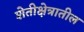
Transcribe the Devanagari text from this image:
शेतीक्षेत्रातील